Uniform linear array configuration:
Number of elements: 8
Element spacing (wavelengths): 0.25
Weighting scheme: uniform
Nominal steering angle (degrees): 15
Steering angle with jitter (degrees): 16.283
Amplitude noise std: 0.05
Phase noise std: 0.05

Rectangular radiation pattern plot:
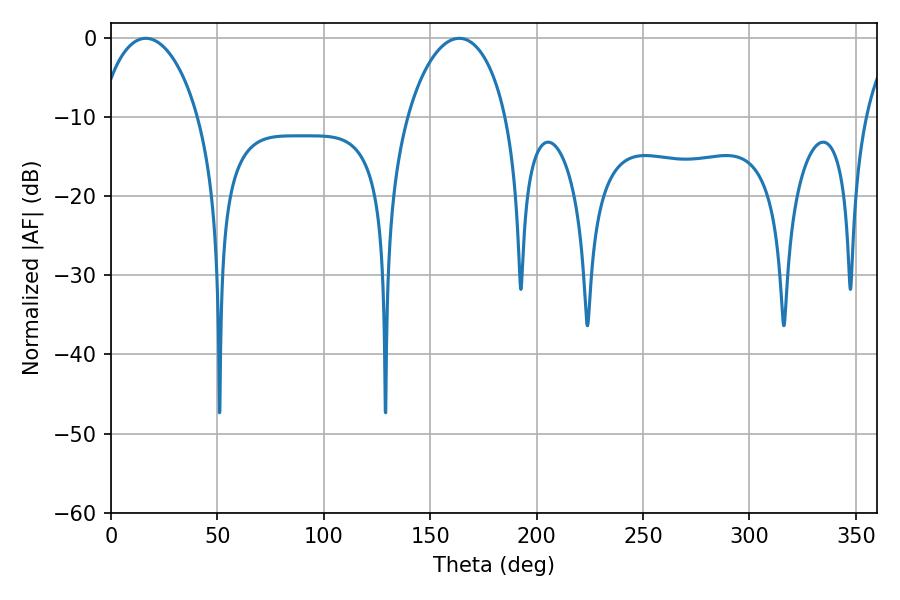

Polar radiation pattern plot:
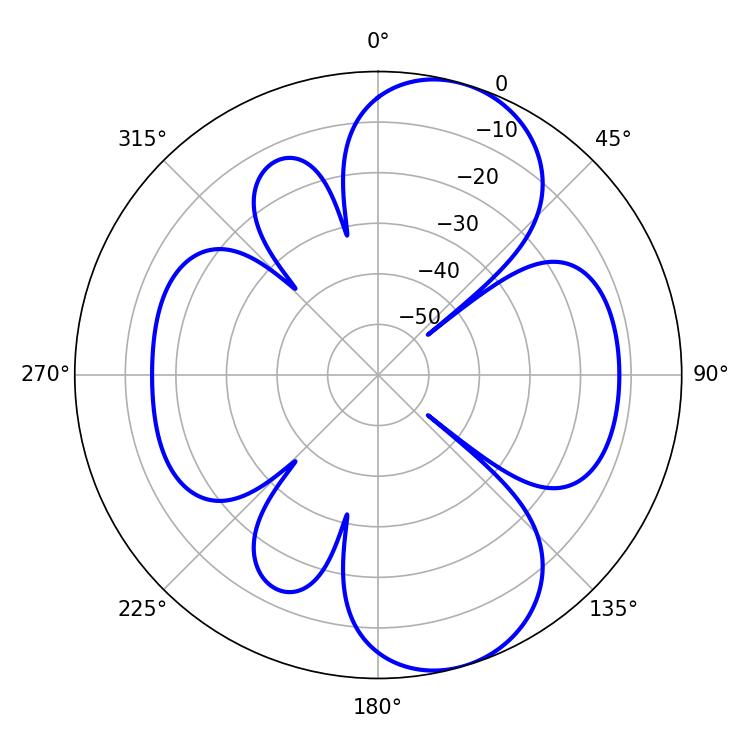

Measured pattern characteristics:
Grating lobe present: FALSE
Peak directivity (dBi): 8.454
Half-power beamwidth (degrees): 26.82
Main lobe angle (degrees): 16.38